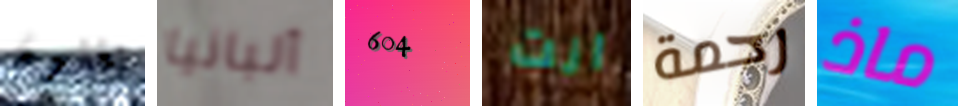
يغنون ألبانيا 604 انت رحمة ماذ